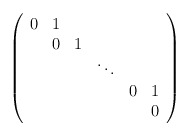
\begin{align*}\left( \begin{array}{cccccc}0 & 1 & & & &\\& 0 & 1 & & &\\& & & \ddots & &\\& & & & 0 & 1\\& & & & & 0\end{array} \right)\end{align*}